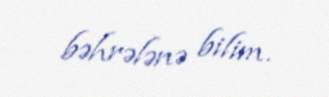
bəhrələnə bilim.